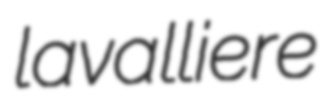
lavalliere